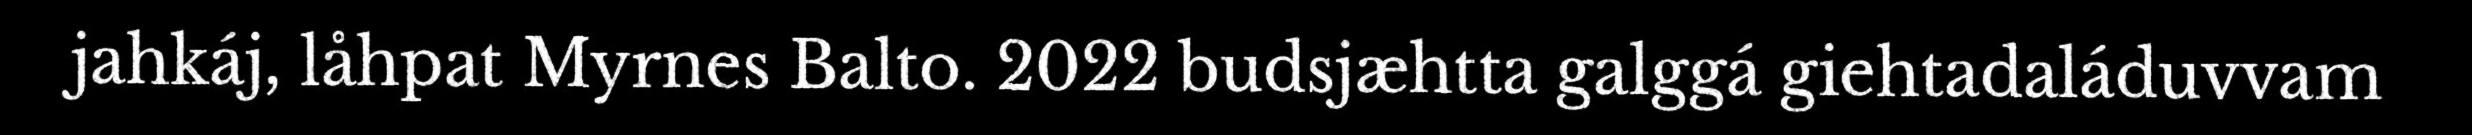
jahkáj, låhpat Myrnes Balto. 2022 budsjæhtta galggá giehtadaláduvvam